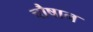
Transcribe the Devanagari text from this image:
चौषान